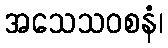
အသေသဝစနံ၊